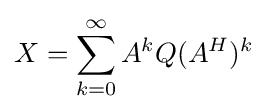
X=\sum _{k=0}^{\infty }A^{k}Q(A^{H})^{k}